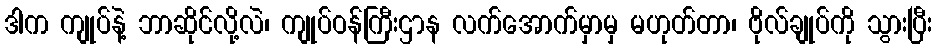
ဒါက ကျုပ်နဲ့ ဘာဆိုင်လို့လဲ၊ ကျုပ်ဝန်ကြီးဌာန လက်အောက်မှာမှ မဟုတ်တာ၊ ဗိုလ်ချုပ်ကို သွားပြီး